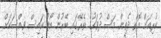
ކުރިއަށް އޮތް ދެތިން މަސް ދުވަހުގެ ތެރޭގައި ބޭރުން ބޯޓު އައިސް ވިއްސަކަށް